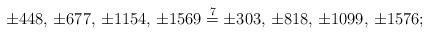
LaTeX: \begin{align*}\pm 448,\, \pm 677,\, \pm 1154,\, \pm 1569 \stackrel{7}{=} \pm 303,\, \pm 818,\, \pm 1099,\, \pm 1576;\end{align*}